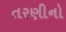
તરણીનો